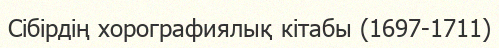
Сібірдің хорографиялық кітабы (1697-1711)